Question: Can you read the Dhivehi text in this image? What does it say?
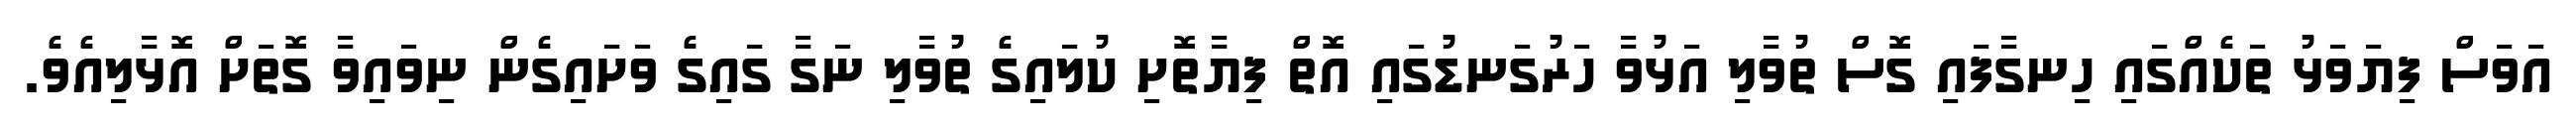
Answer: އަވަސް ފިޔަވަޅު ތަކެއްގައި ހިނގާފައި ގޮސް ތުވާލި އަޅުވާ ހަރުގަނޑުގައި އޮތް ފިޔާތޮށި ކުލައިގެ ތުވާލި ނަގާ ގައިގެ ވަށައިގެން ނިވައިވާ ގޮތަށް އޮޅާލިއެވެ.